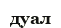
дуал